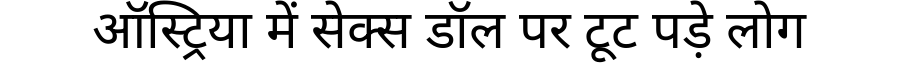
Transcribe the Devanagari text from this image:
ऑस्ट्रिया में सेक्स डॉल पर टूट पड़े लोग